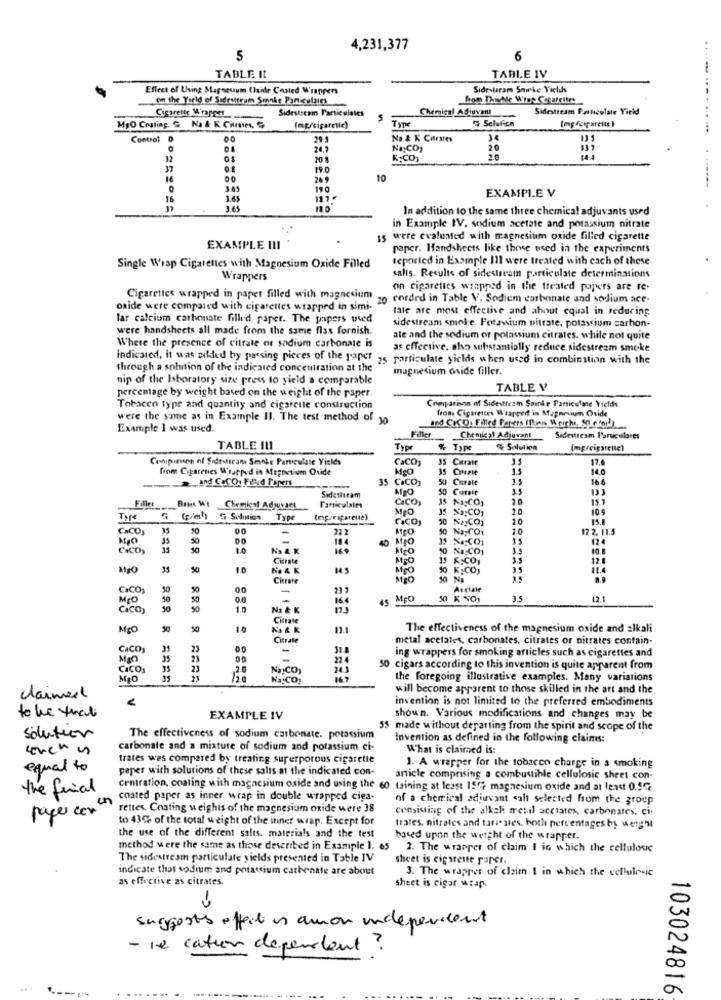
4,231,377
5
6
TABLE It
TABLE IV
Effect of Using Mapneuum (aide Costed Wrappers
Sidestaram Sminke Viclus
on the Yield of Sidrettram Sinnke Particulares
Sidestream Particulates
Chemical Adiuvant
Sidestream Particulate Yield
Cigarette Wrapper
% Sclutica
MBO Coating. S Na 4 K CHres,
(mg/cigaretle)
................
Centret
0
29.
Na & K Corates
No:CD)
20
12
01
20
K.CO)
2.0
19.0
00
269
10
0
EXAMPLE V
16
1.65
12.7
In addition to the same three chemical adjuvants used
in Example IV. sodium acetate and potassium nitrate
15 were evaluated with magnesium oxide filled cigarette
EXAMPLE III
paper. Handsheets like theve used in the experiments
reported in Example Ill were treated with cach of these
Single Wrap Cigarettes with Magnesium Oxide Filled
Wrappers
salis. Results of sidestream particulate determinations
on cigarettes wrapped in the treated popers are te-
Cigarettes wrapped in paper filled with magnesium
20
corded in Table V. Sodium carbonate and sodium ace-
oxide were compared with cigarettes wrapped in simi-
tale are most effective and ahnut equal in reducing
lar calcium carbonate filled paper. The papers used
sidestream smoke. Fotswium pitrate, potassium carbon-
were handsheets all made from the same fiss furnish.
ate and the sodium or potassium citrates. while not quite
Where the presence of citrate or sodium carbonate is
as effective. also substantially reduce sidestream smoke
Indicated, it was added by passing pieces of the paper 25 particulate yields when used in combination with the
through a solution of the indicated concentration at the'
magnesium oxide filler.
nip of the laboratory size press to yield a comparable
percentage by weight based on the weight of the paper.
TABLE V
Tobacco type and quantity and cigarette construction
Comparison of Sidestream Sminke Paniculae Viclds
fon, Cigarettes Wrapped in Mapnouum Ouide
were the same as in Example Il. The test method of 30
and CICO. Filled Papers (Tuen Weirhus, Sp conil)
Example I was used.
Chemical Adjuvant
Sidestream Particulares
TABLE IL
Type
Typ
% Solution
(mg/cigarellc)
Conipirison of Sidestream Smoke Particulate Yields
CaCO,
35 Citrate
17.6
from Cigarenes Wrapped in Magnesium Oxide
MEO
Corsie
14.0
and CaCO, Filled Papers
35 CaCO)
50
Curate
16 6
50 Ciarait
Sidettaram
CaCO,
35 Na:CO,
15.7
FillerBasic Mit Chemical Adjuvant
Chemical Adjuvaen
Particulales
MEO
10 9
5 (p/m)) Selinion
Type
CaCO)
CaCO
-
22 2
50 Na:CO
1.0
12 2. 11.5
MIO
35
50
40 MgO
12 4
CICO
NAK
10 NICO
Citrate
MEO
12.6
MgO
10
NO & K
MigO
K;CO,
35
11.4
Citate
CICO
50
00
-
297
Atctale
MEO
50
-
164
45 MgO
3.5
12.1
CICO
50
Na & K
Cittale
McO
N & K
The effectiveness of the magnesium oxide and alkali
Citrate
metal acetates, carbonates, citrates or nitrates contain-
CACO
35
23
-
35
23
22.4
ing wrappers for smoking articles such as cigarettes and
CICO
23
NaICO,
243
50 cigars according to this invention is quite apparent from
/20
Na:CO;
the foregoing illustrative examples. Many variations
will become apparent to those skilled in the art and the
claimed
V
invention is not limited to the preferred embodiments
to be that
EXAMPLE IV
shown. Various modifications and changes may be
55 made without departing from the spirit and scope of the
Solution
The effectiveness of sodium carbonate. potassium
Invention as defined in the following claims:
conchas
carbonate and a mixture of sodium and potassium ci-
What is claimed is:
trates wes compared by treating superporous cigarette
equal to
paper with solutions of these salts at the indicated con-
1. A wrapper for the tobacco charge in a smoking
article comprising a combustible cellulosic sheet con-
the final
centration, coating with magnesium oxide and using the 60 taining at least 15% magnesium oxide and at least 0.5%
un
coated paper as inner wrap in double wrapped ciga-
of a chemical adiuvant salt selected from the group
payer con
rettes. Coating weights of the magnesium oxide were 38
comiuing of the alkal metal acciates, carbonates. ci.
to 43% of the total weight of the inner wrap. Except for
trates. nitrates and tariestes, both percentages by weight
the use of the different salts. materials and the test
based upon the weight of the wrapper.
method were the same as those described in Example 1. 65
2. The wrapper of claim I in which the cellulose
The sidestream particulate yields presented in Table IV
sheet is cigarette paper.
indicate that sodium and potassium cathenate are about
3. The wrapper of claim I in which the cellulesie
as effective as citrates.
sheet is cigar wrap.
-
suggests effect on amon independent
- le catur dependent ?
...
103024816